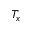
T _ { x }